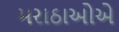
મરાઠાઓએ